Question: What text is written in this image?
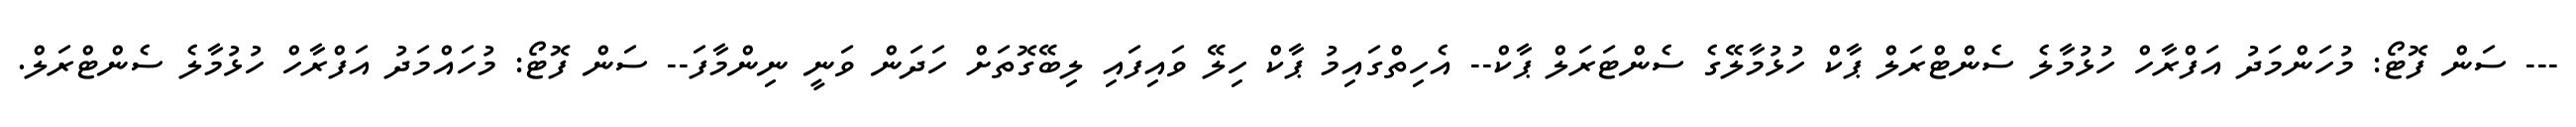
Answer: --- ސަން ފޮޓޯ: މުހަންމަދު އަފްރާހް ހުޅުމާލެ ސެންޓްރަލް ޕާކް ހުޅުމާލޭގެ ސެންޓަރަލް ޕާކް-- އެހިތްގައިމު ޕާކް ހިލޭ ވައިފައި ލިބޭގޮތަށް ހަދަން ވަނީ ނިންމާފަ-- ސަން ފޮޓޯ: މުހައްމަދު އަފްރާހް ހުޅުމާލެ ސެންޓްރަލް.